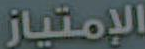
الإمتياز